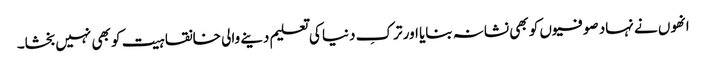
انھوں نے نہاد صوفیوں کو بھی نشانہ بنایا اور ترکِ دنیا کی تعلیم دینے والی خانقاہیت کو بھی نہیں بخشا۔